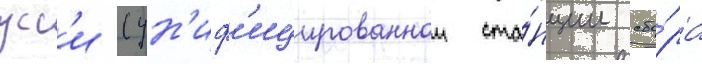
усс'и (ун'иф'ицированнои ста́нции сбо́ра